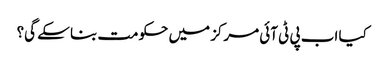
کیا اب پی ٹی آئی مرکز میں حکومت بنا سکے گی؟